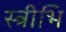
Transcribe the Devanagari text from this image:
स्त्रीभि